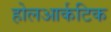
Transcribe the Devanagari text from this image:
होलआर्कटिक